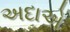
અદાએ